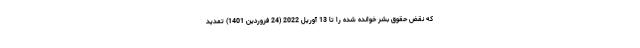
که نقض حقوق بشر خوانده شده را تا 13 آوریل 2022 (24 فروردین 1401) تمدید